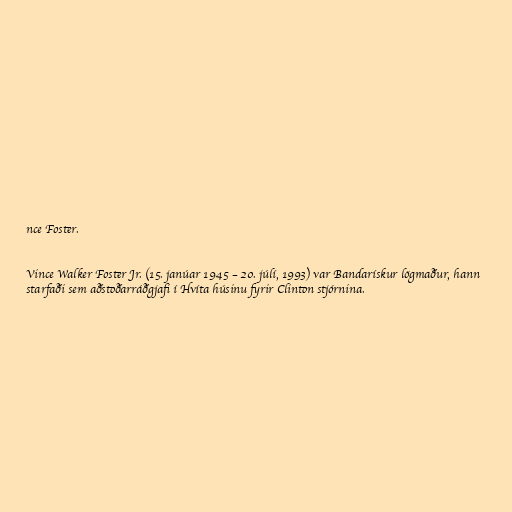
nce Foster.

Vince Walker Foster Jr. (15. janúar 1945 – 20. júlí, 1993) var Bandarískur lögmaður, hann
starfaði sem aðstoðarráðgjafi í Hvíta húsinu fyrir Clinton stjórnina.